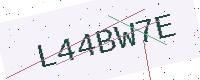
Text: L44BW7E